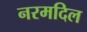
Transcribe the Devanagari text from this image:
नरमदिल